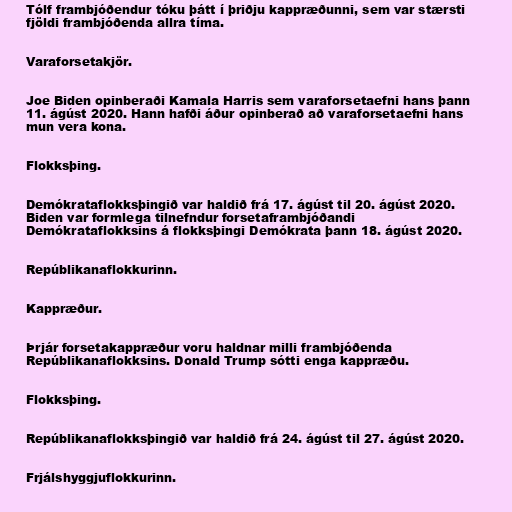
Tólf frambjóðendur tóku þátt í þriðju kappræðunni, sem var stærsti
fjöldi frambjóðenda allra tíma.

Varaforsetakjör.

Joe Biden opinberaði Kamala Harris sem varaforsetaefni hans þann
11. ágúst 2020. Hann hafði áður opinberað að varaforsetaefni hans
mun vera kona.

Flokksþing.

Demókrataflokksþingið var haldið frá 17. ágúst til 20. ágúst 2020.
Biden var formlega tilnefndur forsetaframbjóðandi
Demókrataflokksins á flokksþingi Demókrata þann 18. ágúst 2020.

Repúblikanaflokkurinn.

Kappræður.

Þrjár forsetakappræður voru haldnar milli frambjóðenda
Repúblikanaflokksins. Donald Trump sótti enga kappræðu.

Flokksþing.

Repúblikanaflokksþingið var haldið frá 24. ágúst til 27. ágúst 2020.

Frjálshyggjuflokkurinn.